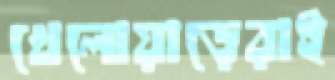
খেলোয়াড়েরাই